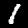
Digit: 1